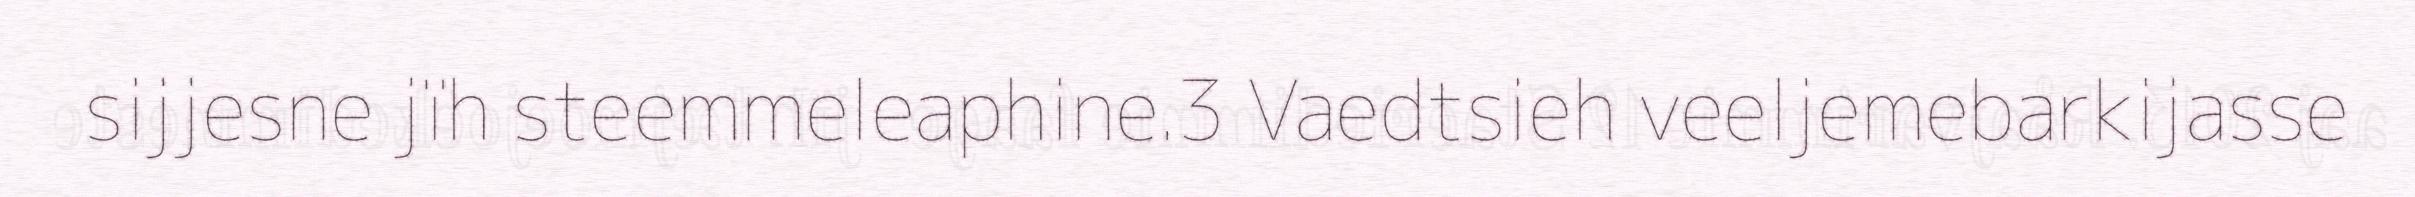
sijjesne jïh steemmeleaphine.3 Vaedtsieh veeljemebarkijasse